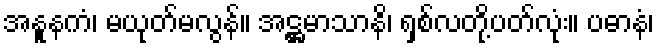
အနူနကံ၊ မယုတ်မလွန်။ အဋ္ဌမာသာနိ၊ ရှစ်လတို့ပတ်လုံး။ ပဓာနံ၊